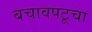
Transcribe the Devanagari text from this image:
बचावपटूचा